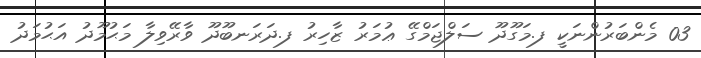
03 މެންބަރުންނަކީ ފ.މަގޫދޫ ސަލްޖަމްގޭ ޢުމަރު ޒާހިރު ފ.ދަރަނބޫދޫ ވާރޭވިލާ މަޙުމޫދު އަޙުމަދު